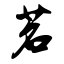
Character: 茗